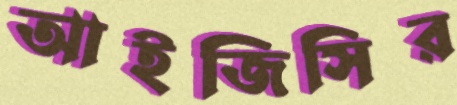
আইজিসির